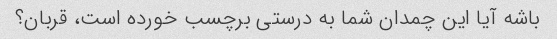
باشه آیا این چمدان شما به درستی برچسب خورده است، قربان؟